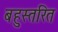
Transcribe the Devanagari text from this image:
बहुस्तरित